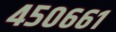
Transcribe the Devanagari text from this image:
४५०६६१